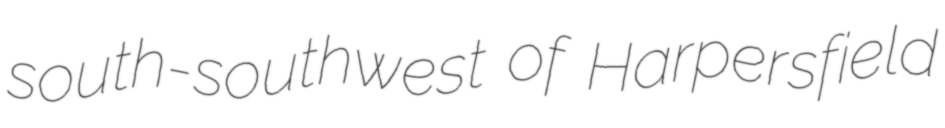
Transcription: south-southwest of Harpersfield